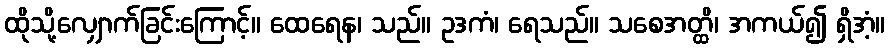
ထိုသို့လျှောက်ခြင်းကြောင့်။ ထေရေန၊ သည်။ ဥဒကံ၊ ရေသည်။ သစေအတ္ထိ၊ အကယ်၍ ရှိအံ့။